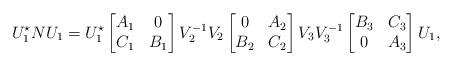
LaTeX: \begin{align*}U_1^\star NU_1 = U_1^\star\begin{bmatrix} A_1 & 0\\ C_1 & B_1\end{bmatrix}V_2^{-1}V_2\begin{bmatrix} 0 & A_2\\ B_2 & C_2\end{bmatrix}V_3 V_3^{-1}\begin{bmatrix} B_3 & C_3\\ 0 & A_3\end{bmatrix}U_1,\end{align*}